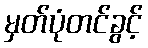
မှတ်ပုံတင်ခွင့်